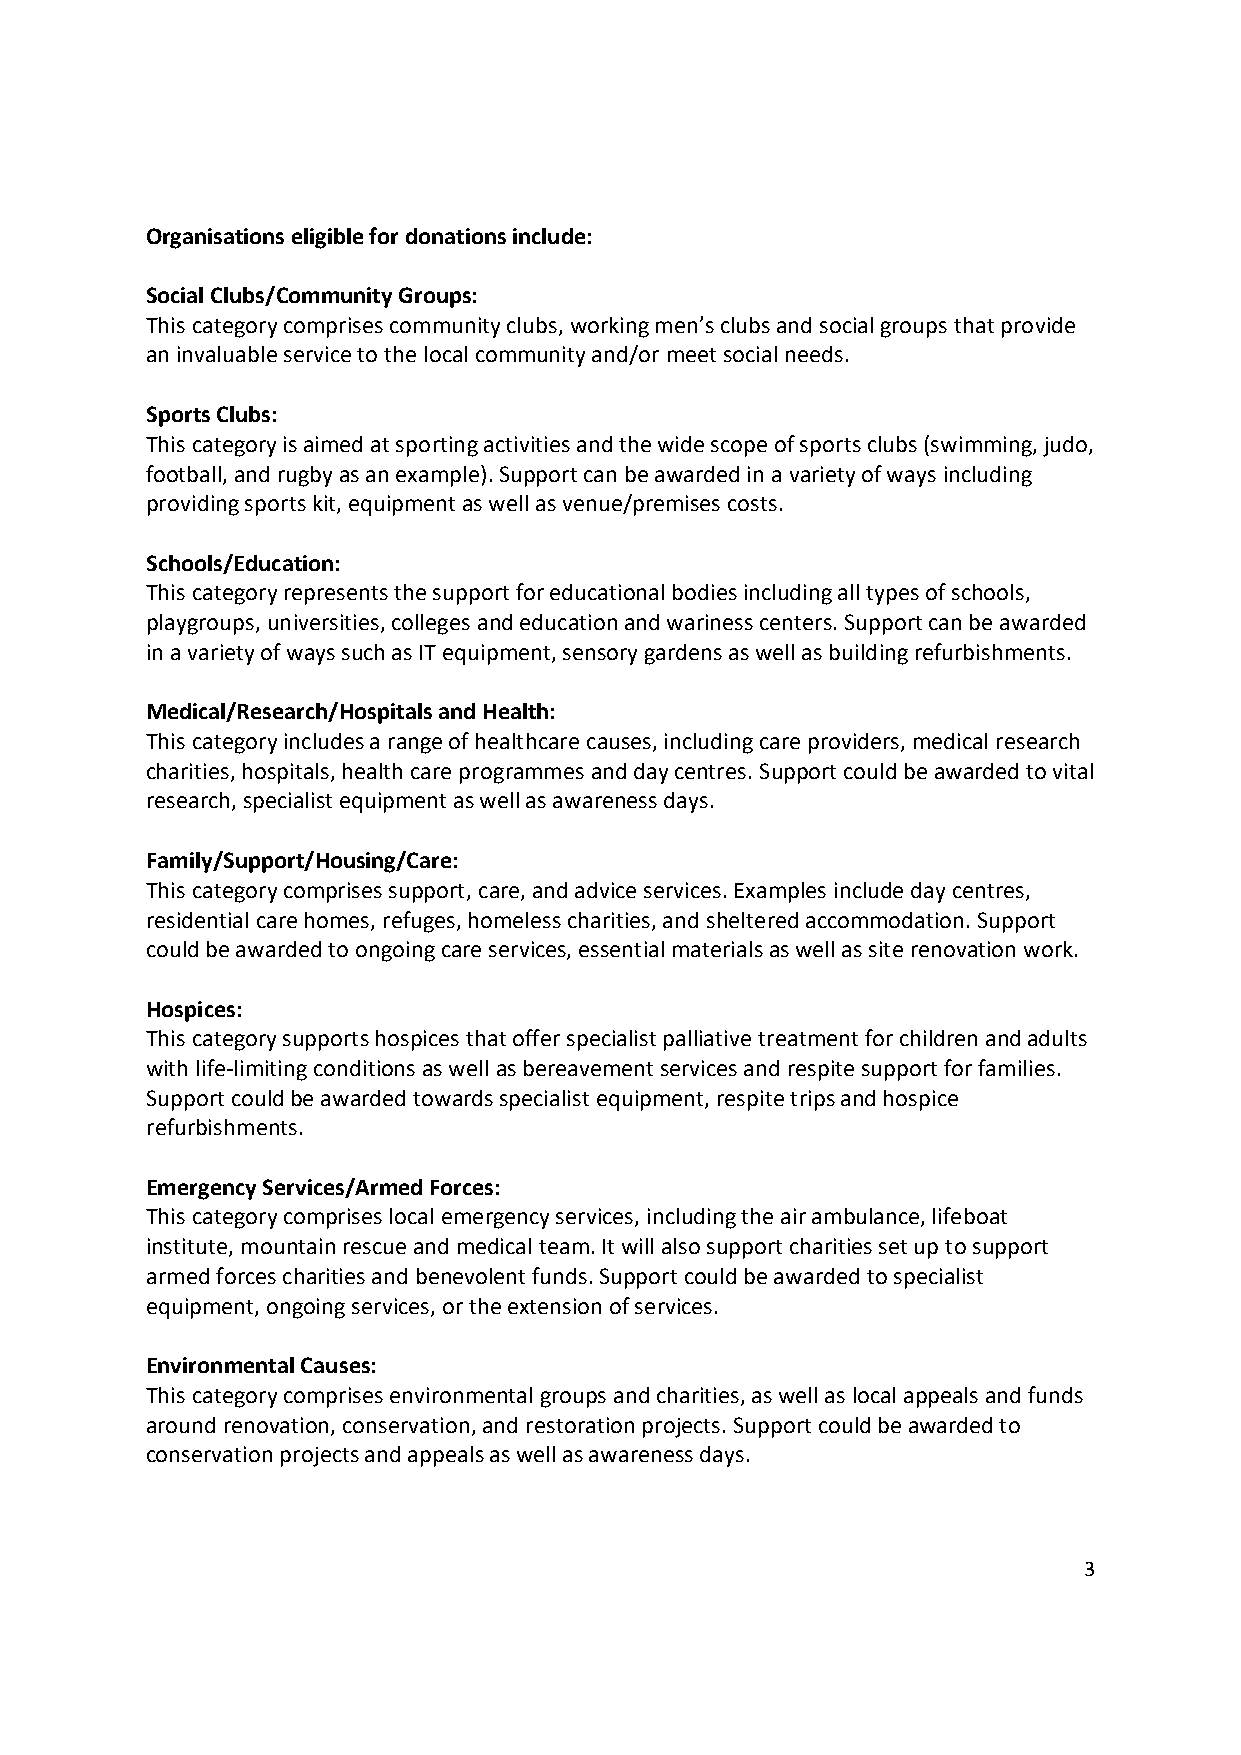
Organisations eligible for donations include:
 Social Clubs/Community Groups:
 This category comprises community clubs, working men’s clubs and social groups that provide
 an invaluable service to the local community and/or meet social needs.
 Sports Clubs:
 This category is aimed at sporting activities and the wide scope of sports clubs (swimming, judo,
 football, and rugby as an example). Support can be awarded in a variety of ways including
 providing sports kit, equipment as well as venue/premises costs.
 Schools/Education:
 This category represents the support for educational bodies including all types of schools,
 playgroups, universities, colleges and education and wariness centers. Support can be awarded
 in a variety of ways such as IT equipment, sensory gardens as well as building refurbishments.
 Medical/Research/Hospitals and Health:
 This category includes a range of healthcare causes, including care providers, medical research
 charities, hospitals, health care programmes and day centres. Support could be awarded to vital
 research, specialist equipment as well as awareness days.
 Family/Support/Housing/Care:
 This category comprises support, care, and advice services. Examples include day centres,
 residential care homes, refuges, homeless charities, and sheltered accommodation. Support
 could be awarded to ongoing care services, essential materials as well as site renovation work.
 Hospices:
 This category supports hospices that offer specialist palliative treatment for children and adults
 with life-limiting conditions as well as bereavement services and respite support for families.
 Support could be awarded towards specialist equipment, respite trips and hospice
 refurbishments.
 Emergency Services/Armed Forces:
 This category comprises local emergency services, including the air ambulance, lifeboat
 institute, mountain rescue and medical team. It will also support charities set up to support
 armed forces charities and benevolent funds. Support could be awarded to specialist
 equipment, ongoing services, or the extension of services.
 Environmental Causes:
 This category comprises environmental groups and charities, as well as local appeals and funds
 around renovation, conservation, and restoration projects. Support could be awarded to
 conservation projects and appeals as well as awareness days.
 3